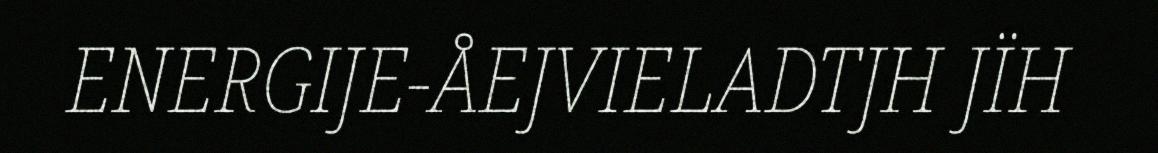
ENERGIJE-ÅEJVIELADTJH JÏH